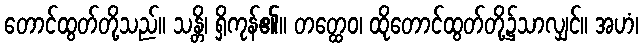
တောင်ထွတ်တို့သည်။ သန္တိ၊ ရှိကုန်၏။ တတ္ထေဝ၊ ထိုတောင်ထွတ်တို့၌သာလျှင်။ အဟံ၊